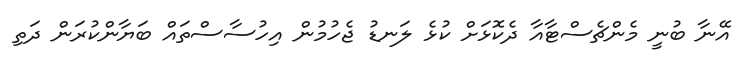
އޭނާ ބުނީ މެންޗެސްޓާއާ ދެކޮޅަށް ކުޅެ ލަނޑު ޖެހުމުން އިހުސާސްތައް ބަޔާންކުރަން ދަތި